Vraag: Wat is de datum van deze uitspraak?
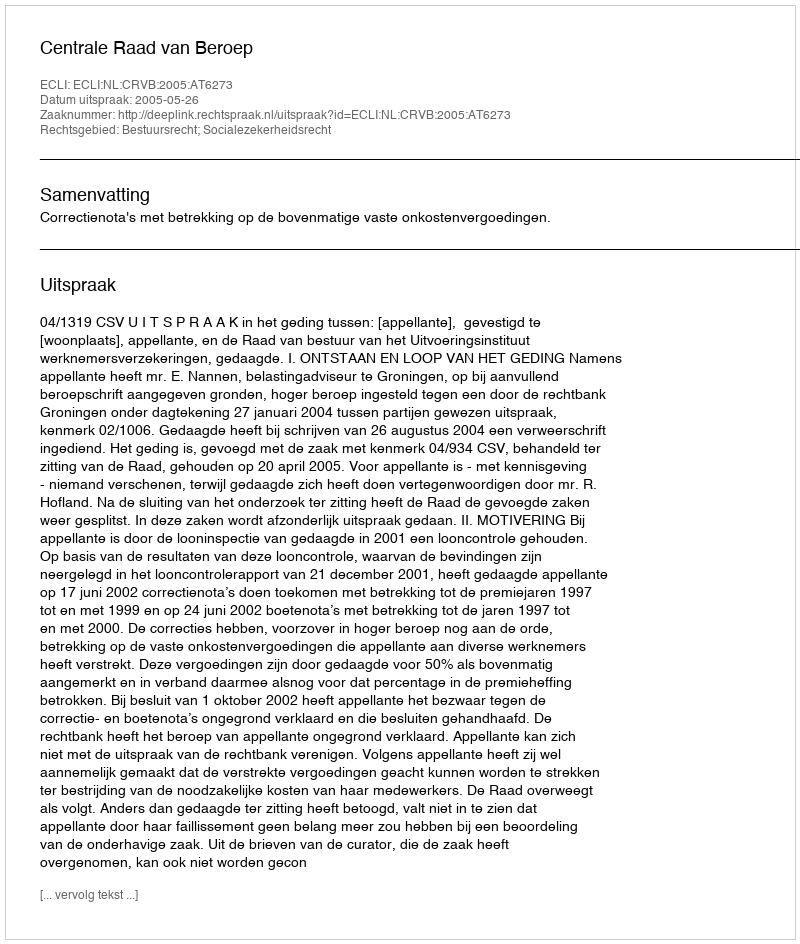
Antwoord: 2005-05-26